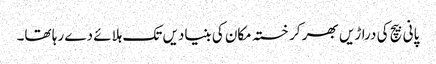
پانی بیچ کی دراڑیں بھر کر خستہ مکان کی بنیادیں تک ہلائے دے رہا تھا۔